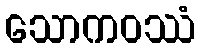
သောကဝဿံ